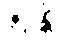
ဇဂ္ဂန္တိ